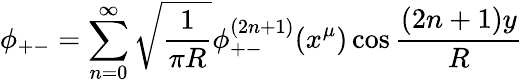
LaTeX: \phi_{+-}=\sum_{n=0}^{\infty}\sqrt{\frac{1}{\pi R}}\phi_{+-}^{(2n+1)}(x^{\mu})\cos\frac{(2n+1)y}{R}